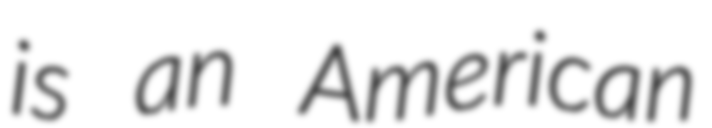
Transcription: is an American